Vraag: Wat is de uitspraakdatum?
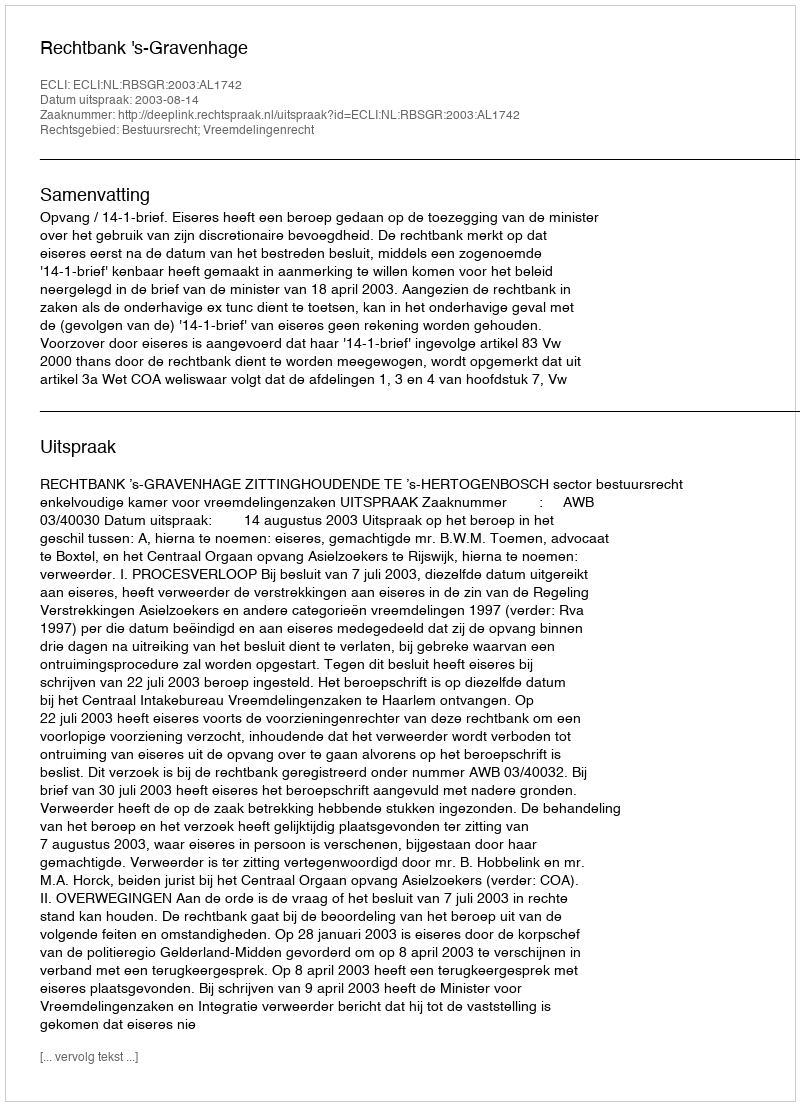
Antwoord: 2003-08-14